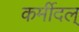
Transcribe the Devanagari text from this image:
कर्मीदल्